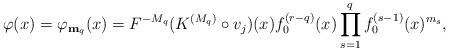
LaTeX: \begin{align*}\varphi(x) = \varphi_{{\bf m}_q} (x) = F^{-M_q} (K^{(M_q)}\circ v_j)(x) f_0^{(r-q)}(x) \prod_{s=1}^q f_0^{(s-1)}(x)^{m_s},\end{align*}